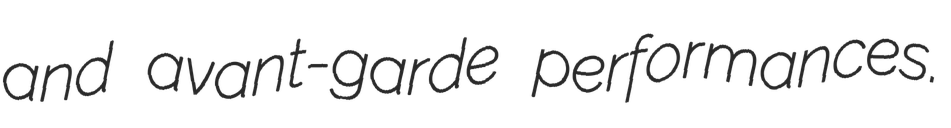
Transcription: and avant-garde performances.